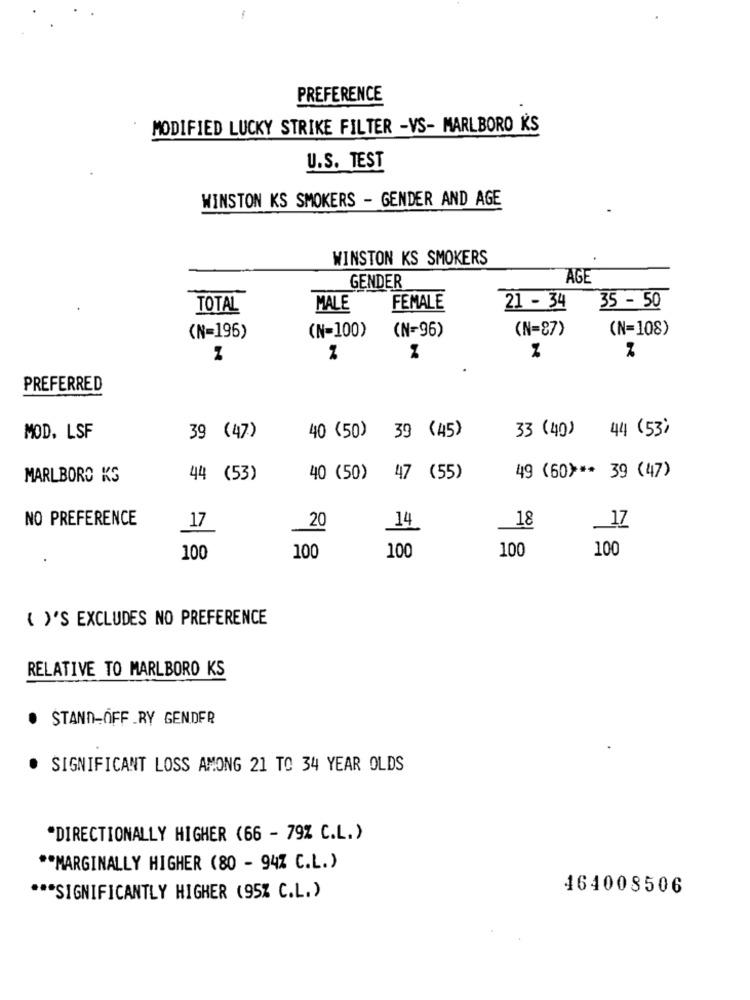
PREFERENCE
MODIFIED LUCKY STRIKE FILTER -VS- MARLBORO KS
U.S. TEST
WINSTON KS SMOKERS - GENDER AND AGE
WINSTON KS SMOKERS
AGE
GENDER
TOTAL
MALE
FEMALE
21 - 34
35- 50
(N=100)
(N=87)
(N=108)
(N=196)
(N=96)
PREFERRED
33 (40)
44 (53)
MOD. LSF
39 (47)
40 (50)
39 (45)
MARLBORO KS
44 (53)
40 (50)
47 (55)
49 (60) ** 39 (47)
NO PREFERENCE
18
17
_17
20
14
100
100
100
100
100
( )'S EXCLUDES NO PREFERENCE
RELATIVE TO MARLBORO KS
. STAND-OFF _RY GENDER
SIGNIFICANT LOSS AMONG 21 TO 34 YEAR OLDS
"DIRECTIONALLY HIGHER (66 - 79% C.L.)
** MARGINALLY HIGHER (80 - 94% C.L.)
464008506
*** SIGNIFICANTLY HIGHER (95% C.L.)